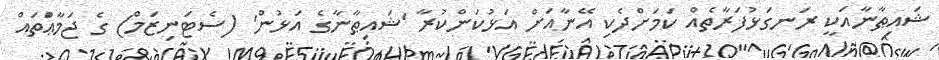
ޝައިޠާނާއަކީ ރަނގަޅުފަރާތެއް ކަމަށްދެކި އޭނާއަށް އަޅުކަންކުރާ 'ޝައިޠާނާގެ އަޅުން' (ސެޓަނިޒަމް) ގެ ޖަމާޢަްތައް